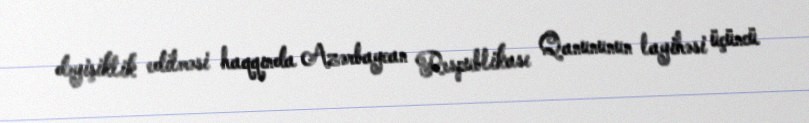
dəyişiklik edilməsi haqqında Azərbaycan Respublikası Qanununun layihəsi üçüncü